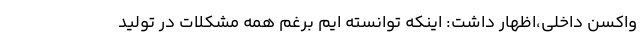
واکسن داخلی،اظهار داشت: اینکه توانسته ایم برغم همه مشکلات در تولید